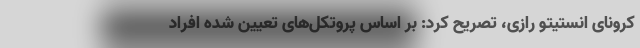
کرونای انستیتو رازی، تصریح کرد: بر اساس پروتکل‌های تعیین شده افراد